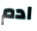
ادم